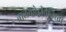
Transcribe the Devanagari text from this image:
बालकोद्गीतनिरतो